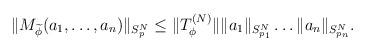
LaTeX: \begin{align*}\Vert M_{\widetilde{\phi}}(a_1, \ldots, a_n ) \Vert_{S_p^N} \leq \Vert T_{\phi}^{(N)} \Vert \Vert a_1 \Vert_{S_{p_1}^N} \ldots \Vert a_n \Vert_{S_{p_n}^N}.\end{align*}